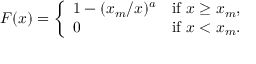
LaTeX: F ( x ) = { \left\{ \begin{array} { l l } { 1 - ( x _ { m } / x ) ^ { a } } & { { \mathrm { i f ~ } } x \geq x _ { m } , } \\ { 0 } & { { \mathrm { i f ~ } } x < x _ { m } . } \end{array} \right. }